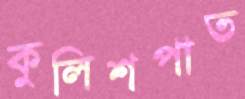
কুলিশপাত